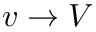
v \rightarrow V